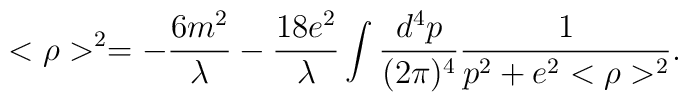
<\rho>^{2}=-\frac{6m^{2}}{\lambda}-\frac{18e^{2}}{\lambda}\int\frac{d^{4}p}{(2\pi)^{4}}\frac{1}{p^{2}+e^{2}<\rho>^{2}}.